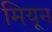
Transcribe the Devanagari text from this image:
मियून